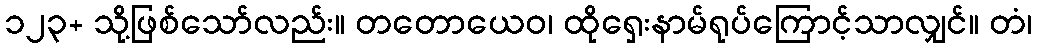
၁၂၃+ သို့ဖြစ်သော်လည်း။ တတောယေဝ၊ ထိုရှေးနာမ်ရုပ်ကြောင့်သာလျှင်။ တံ၊